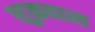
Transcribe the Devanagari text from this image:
शुक्रवास